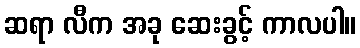
ဆရာ လီက အခု ဆေးခွင့် ကာလပါ။